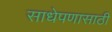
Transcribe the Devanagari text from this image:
साधेपणासाठी